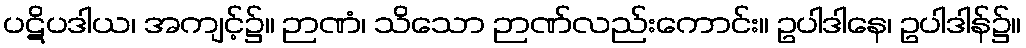
ပဋိပဒါယ၊ အကျင့်၌။ ဉာဏံ၊ သိသော ဉာဏ်လည်းကောင်း။ ဥပါဒါနေ၊ ဥပါဒါန်၌။